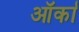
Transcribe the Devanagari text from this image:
ऑर्का